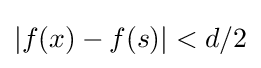
|f(x)-f(s)|<d/2